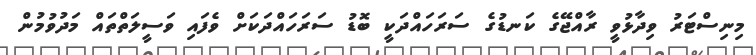
މިނިސްޓަރު ވިދާޅުވީ ރާއްޖޭގެ ކަނޑުގެ ސަރަހައްދަކީ ބޮޑު ސަރަހައްދަކަށް ވެފައި ވަސީލަތްތައް މަދުވުމުން